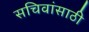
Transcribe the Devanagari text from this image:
सचिवांसाठी